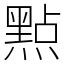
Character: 㸃